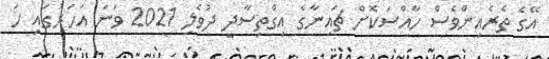
އޭގެ ތެރެއިންވެސް ހާއްސަކޮށް ޗައިނާގެ އިގްތިސާދީ ދުވެލި 2021 ވަނަ އަހަރުގައި ހަ